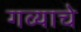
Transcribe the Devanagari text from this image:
गव्याचे